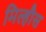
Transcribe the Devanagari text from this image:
मिल्हौस